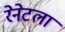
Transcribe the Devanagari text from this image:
रेनेटला